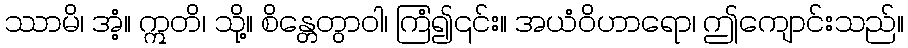
ဿာမိ၊ အံ့။ ဣတိ၊ သို့။ စိန္တေတွာဝါ၊ ကြံ၍၎င်း။ အယံဝိဟာရော၊ ဤကျောင်းသည်။